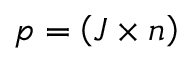
\boldsymbol { p } = \left( \boldsymbol { J } \times \boldsymbol { n } \right)